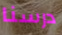
درسنا